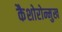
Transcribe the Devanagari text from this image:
कैशोरोन्मुख